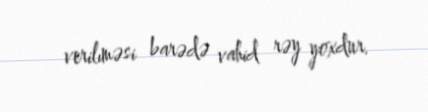
verilıməsi barədə vahid rəy yoxdur.